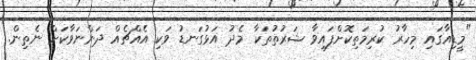
"މީޑިއާގައި މިހާރު ކުރިމަތިކޮށްފައިވާ ޝަރުތުތަކާ މެދު އަޅުގަނޑު ވަކި އެއްޗެއް ދަންނަވާކަށް ނެތިން.